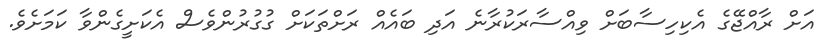
އަށް ރާއްޖޭގެ އެކިހިސާބަށް ވިއްސާރަކުރާނެ އަދި ބައެއް ރަށްތަކަށް ގުގުރުންވެސް އެކަށީގެންވާ ކަމަށެވެ.